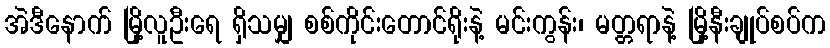
အဲဒီနောက် မြို့လူဦးရေ ရှိသမျှ စစ်ကိုင်းတောင်ရိုးနဲ့ မင်းကွန်း၊ မတ္တရာနဲ့ မြို့နီးချုပ်စပ်က